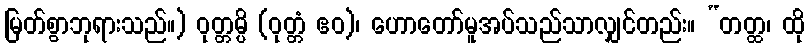
မြတ်စွာဘုရားသည်။) ဝုတ္တမ္ပိ (ဝုတ္တံ ဧဝ)၊ ဟောတော်မူအပ်သည်သာလျှင်တည်း။ “တတ္ထ၊ ထို